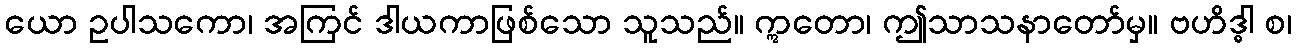
ယော ဥပါသကော၊ အကြင် ဒါယကာဖြစ်သော သူသည်။ ဣတော၊ ဤသာသနာတော်မှ။ ဗဟိဒ္ဓါ စ၊